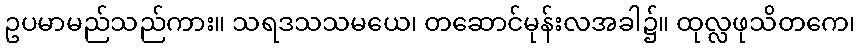
ဥပမာမည်သည်ကား။ သရဒသသမယေ၊ တဆောင်မုန်းလအခါ၌။ ထုလ္လဖုသိတကေ၊